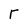
Character: T